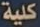
كلية